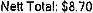
NETT TOTAL: $8.70